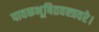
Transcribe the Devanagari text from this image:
पावकभूषितवक्त्रवरे।